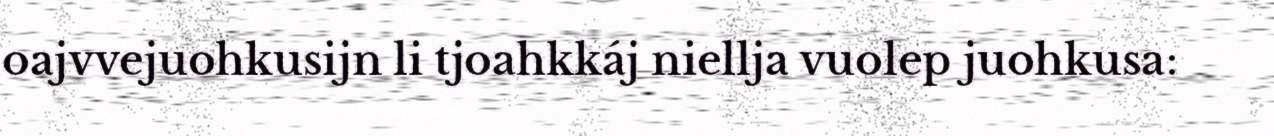
oajvvejuohkusijn li tjoahkkáj niellja vuolep juohkusa: